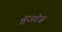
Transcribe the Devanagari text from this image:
सुअरेज़